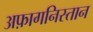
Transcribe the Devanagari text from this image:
अफ़ागनिस्तान